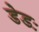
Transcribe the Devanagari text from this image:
डेडः